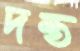
দন্ত